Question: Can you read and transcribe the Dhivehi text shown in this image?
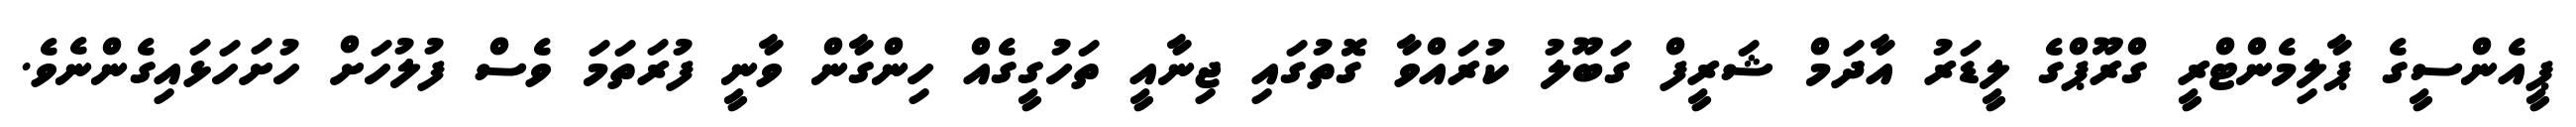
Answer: ޕީއެންސީގެ ޕާލިމެންޓްރީ ގްރޫޕްގެ ލީޑަރު އާދަމް ޝަރީފް ގަބޫލު ކުރައްވާ ގޮތުގައި ޖިނާއީ ތަހުގީގެއް ހިންގާން ވާނީ ފުރަތަމަ ވެސް ފުލުހަށް ހުށަހަޅައިގެންނެވެ.